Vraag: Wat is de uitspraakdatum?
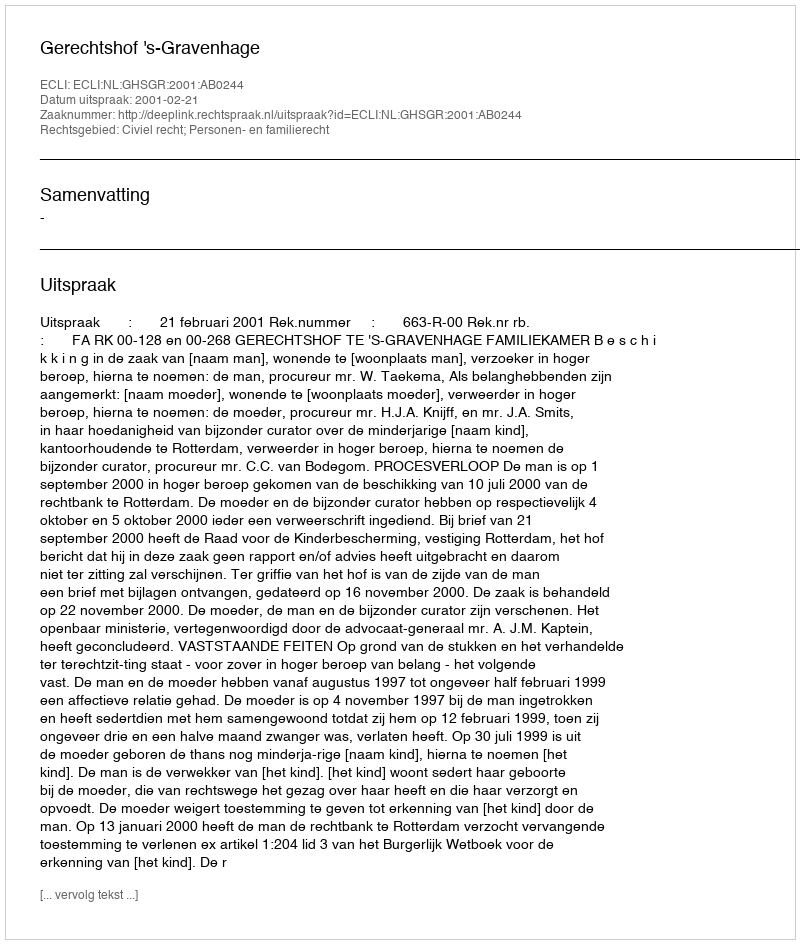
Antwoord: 2001-02-21